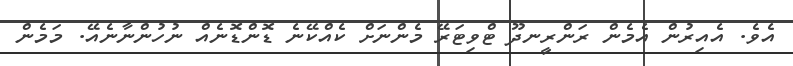
އެވެ. އެއިރުން އެމެން ރަންރީނދޫ ޓްވިޓަރޭ މެންނަށް ކެއްކޭނެ ޑޮންޑޮނެއް ނުހުންނާނެއޭ. މަމެން